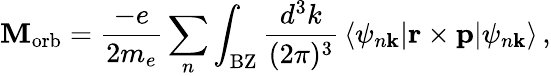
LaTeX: \mathbf{M}_{\mathrm{{orb}}}={\frac{-e}{2m_{e}}}\sum_{n}\int_{\mathrm{{BZ}}}{\frac{d^{3}k}{(2\pi)^{3}}}\, \langle\psi_{n\mathbf{k}}\vert\mathbf{r}\times\mathbf{p}\vert\psi_{n\mathbf{k}}\rangle\, ,